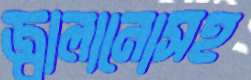
জ্বালানোসহ